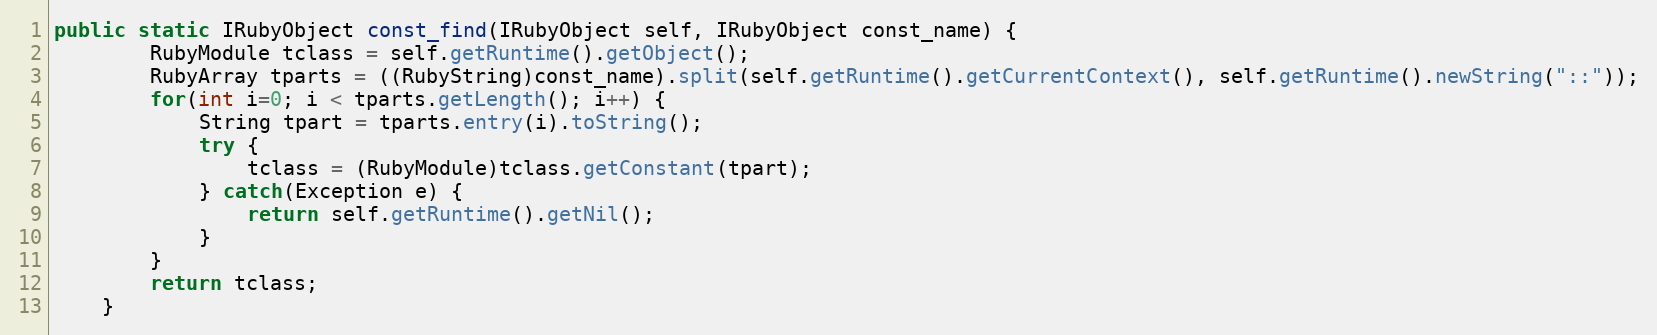
Language: Java
public static IRubyObject const_find(IRubyObject self, IRubyObject const_name) {
        RubyModule tclass = self.getRuntime().getObject();
        RubyArray tparts = ((RubyString)const_name).split(self.getRuntime().getCurrentContext(), self.getRuntime().newString("::"));
        for(int i=0; i < tparts.getLength(); i++) {
            String tpart = tparts.entry(i).toString();
            try {
                tclass = (RubyModule)tclass.getConstant(tpart);
            } catch(Exception e) {
                return self.getRuntime().getNil();
            }
        }
        return tclass;
    }